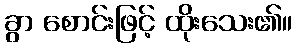
ခွာ စောင်းဖြင့် ထိုးသေး၏။